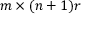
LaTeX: m \times ( n + 1 ) r